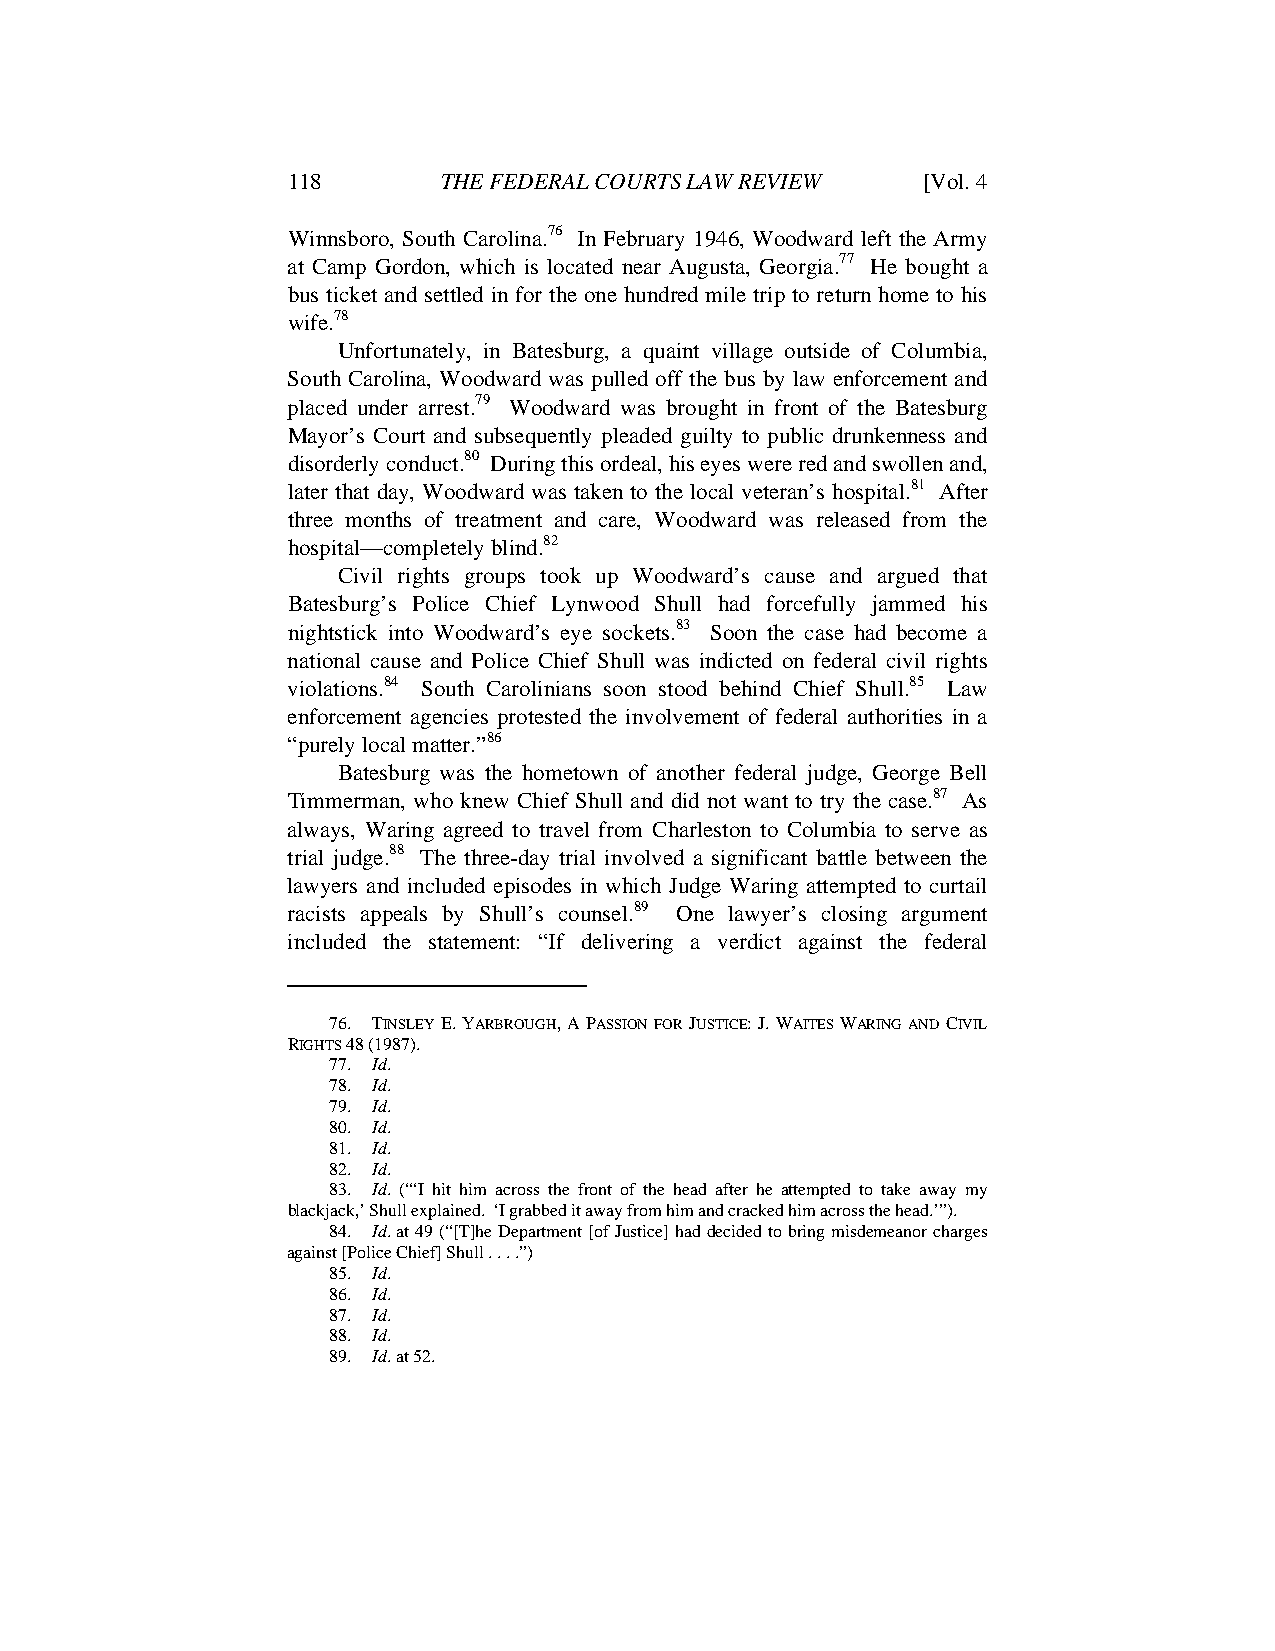
JUDGE ANDERSON ARTICLE - DRAFT 4.5 (FINAL) 5/13/2010 12:30:34 PM
 118       THE FEDERAL COURTS LAW REVIEW   [Vol. 4
 Winnsboro, South Carolina.76 In February 1946, Woodward left the Army
 at Camp Gordon, which is located near Augusta, Georgia.77 He bought a
 bus ticket and settled in for the one hundred mile trip to return home to his
 wife.78
 Unfortunately, in Batesburg, a quaint village outside of Columbia,
 South Carolina, Woodward was pulled off the bus by law enforcement and
 placed under arrest.79 Woodward was brought in front of the Batesburg
 Mayor’s Court and subsequently pleaded guilty to public drunkenness and
 disorderly conduct.80 During this ordeal, his eyes were red and swollen and,
 later that day, Woodward was taken to the local veteran’s hospital.81 After
 three months of treatment and care, Woodward was released from the
 hospital—completely blind.82
 Civil rights groups took up Woodward’s cause and argued that
 Batesburg’s Police Chief Lynwood Shull had forcefully jammed his
 nightstick into Woodward’s eye sockets.83 Soon the case had become a
 national cause and Police Chief Shull was indicted on federal civil rights
 violations.84 South Carolinians soon stood behind Chief Shull.85 Law
 enforcement agencies protested the involvement of federal authorities in a
 “purely local matter.”86
 Batesburg was the hometown of another federal judge, George Bell
 Timmerman, who knew Chief Shull and did not want to try the case.87 As
 always, Waring agreed to travel from Charleston to Columbia to serve as
 trial judge.88 The three-day trial involved a significant battle between the
 lawyers and included episodes in which Judge Waring attempted to curtail
 racists appeals by Shull’s counsel.89 One lawyer’s closing argument
 included the statement: “If delivering a verdict against the federal
 76. TINSLEY E. YARBROUGH, A PASSION FOR JUSTICE: J. WAITES WARING AND CIVIL
 RIGHTS 48 (1987).
 77. Id.
 78. Id.
 79. Id.
 80. Id.
 81. Id.
 82. Id.
 83. Id. (“‘I hit him across the front of the head after he attempted to take away my
 blackjack,’ Shull explained. ‘I grabbed it away from him and cracked him across the head.’”).
 84. Id. at 49 (“[T]he Department [of Justice] had decided to bring misdemeanor charges
 against [Police Chief] Shull . . . .”)
 85. Id.
 86. Id.
 87. Id.
 88. Id.
 89. Id. at 52.